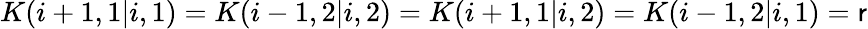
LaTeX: K(i+1,1|i,1)=K(i-1,2|i,2)=K(i+1,1|i,2)=K(i-1,2|i,1)=\mathsf{r}